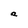
Character: a